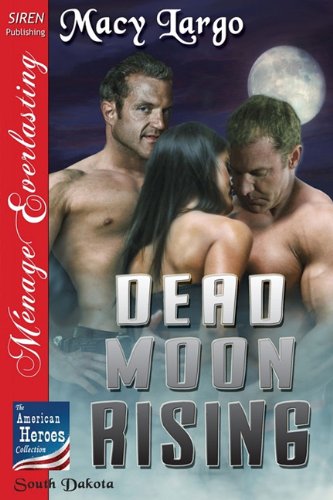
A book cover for Dead Moon Rising [The American Heroes Collection] (Siren Publishing Menage Everlasting); Macy Largo; Romance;